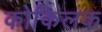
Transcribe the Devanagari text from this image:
कोकिलक